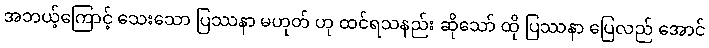
အဘယ့်ကြောင့် သေးသော ပြဿနာ မဟုတ် ဟု ထင်ရသနည်း ဆိုသော် ထို ပြဿနာ ပြေလည် အောင်